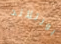
بورتلاند